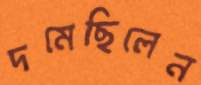
দমেছিলেন